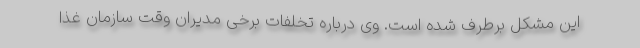
این مشکل برطرف شده است. وی درباره تخلفات برخی مدیران وقت سازمان غذا